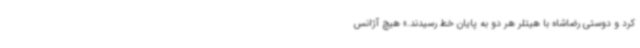
کرد و دوستی رضاشاه با هیتلر هر دو به پایان خط رسیدند.» هیچ آژانس